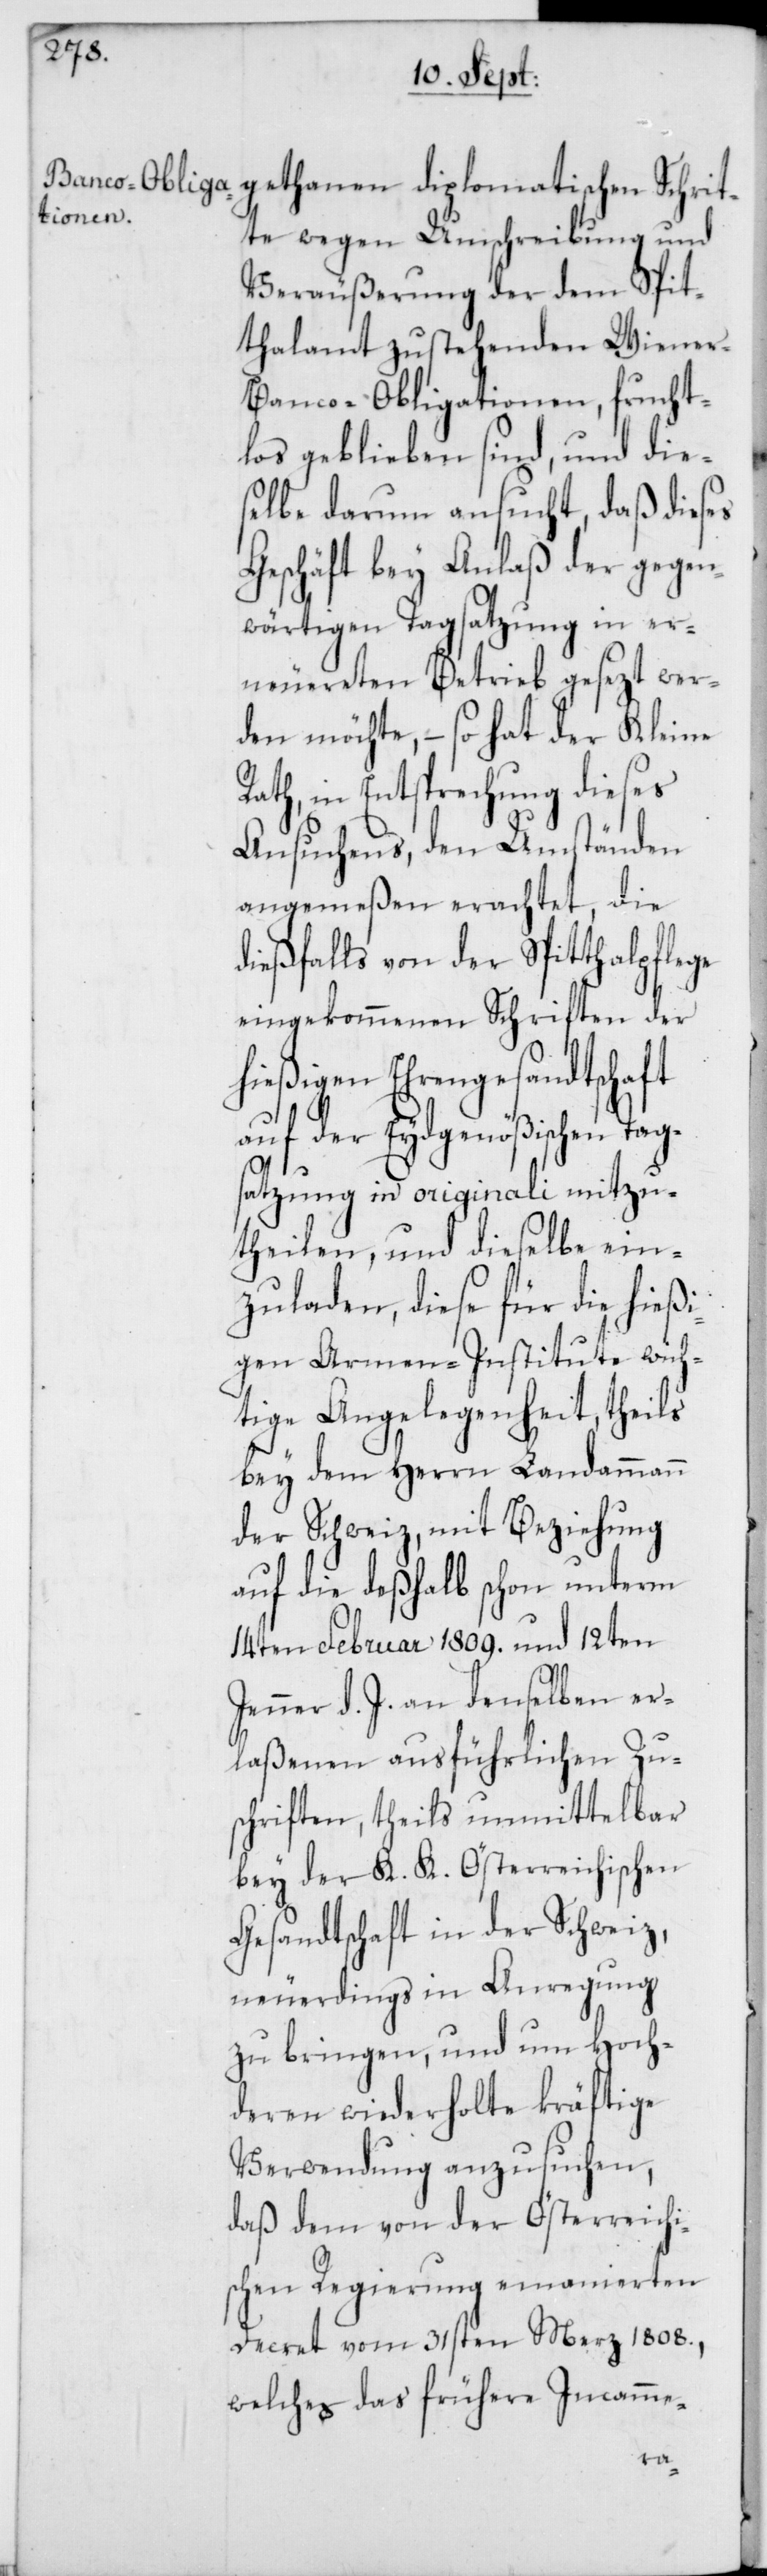
gethanen diplomatischen Schrit¬
te wegen Umschreibung und
Veräußerung der dem Spit¬
thalamt zustehenden Wiene¬
r-Banco-Obligationen, frucht¬
los geblieben sind, und die¬
selbe darum ansucht, daß dieses
Geschäft bey Anlaß der gegen¬
wärtigen Tagsatzung in er¬
neuereten Betrieb gesezt wer¬
den möchte, – so hat der Kleine
Rath, in Entsprechung dieses
Ansuchens, den Umständen
angemeßen erachtet, die
dießfalls von der Spitthalpflege
eingekommenen Schriften der
hießigen Ehrengesandtschaft
auf der Eydsgenößischen Tag¬
satzung in originali mitzu¬
theilen, und dieselbe ein¬
zuladen, diese für die hießi¬
gen Armen-Institute wich¬
tige Angelegenheit, theils
bey dem Herrn Landammann
der Schweiz, mit Beziehung
auf die deßhalb schon unterm
14ten Februar 1809. und 12ten
Jenner d. J. an denselben er¬
laßenen ausführlichen Zus¬
chriften, theils unmittelbar
bey der K. K. Österreichischen
Gesandtschaft in der Schweiz,
neuerdings in Anregung
zu bringen, und um Hoch¬
deren wiederholte kräftige
Verwendung anzusuchen,
daß dem von der Österreichi¬
schen Regierung emanierten
Decret vom 31sten Merz 1808.,
welches das frühere Incamme-